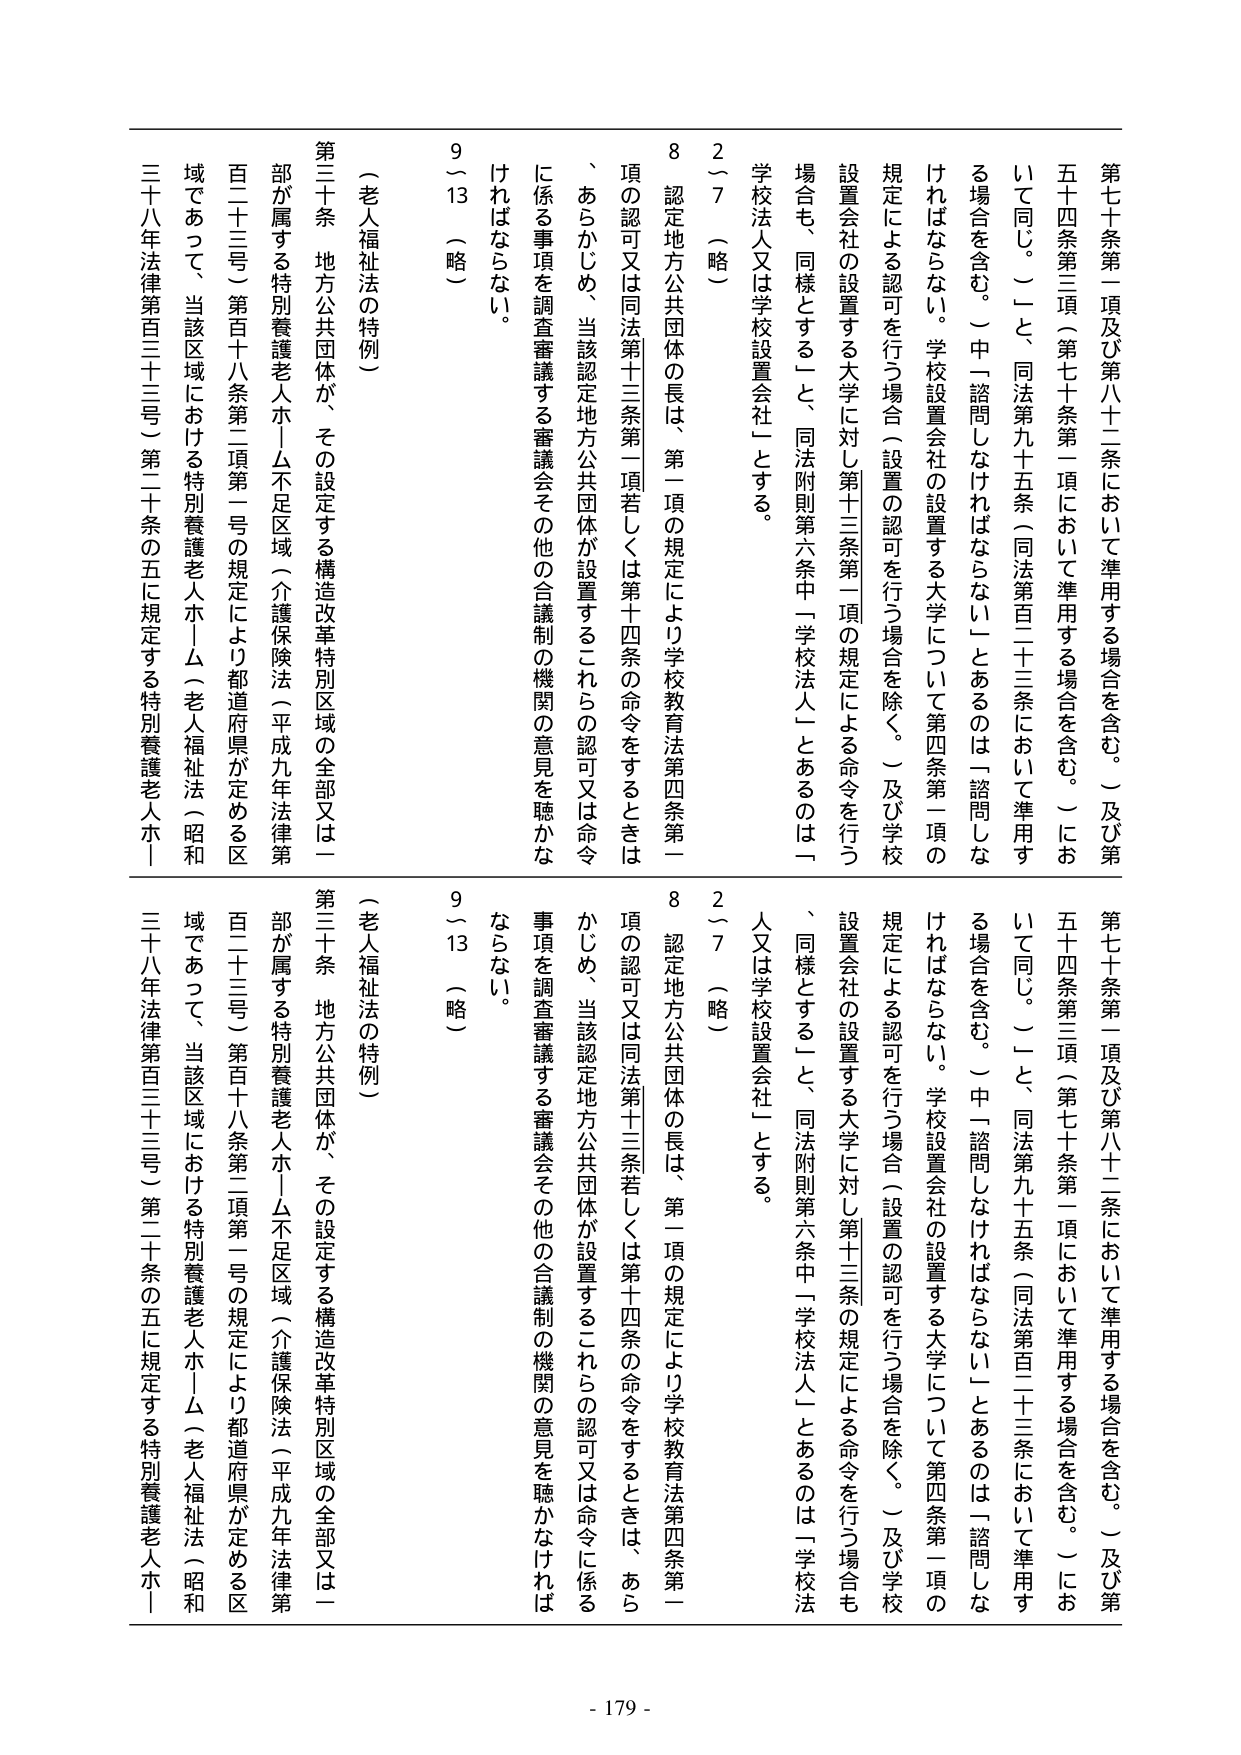
第七十条第一項及び第八十二条において準用する場合を含む。）及び第五十四条第三項（第七十条第一項において準用する場合を含む。）において同じ。）と、同法第九十五条（同法第百二十三条において準用する場合を含む。）中「諮問しなければならない」とあるのは「諮問しなければならない。学校設置会社の設置する大学について第四条第一項の規定による認可を行つ場合（設置の認可を行つ場合を除く。）及び学校設置会社の設置する大学に対し第十三条第一項の規定による命令を行つ場合も、同様とする」と、同法附則第六条中「学校法人」とあるのは「学校法人又は学校設置会社」とする。

2～7（略）

8 認定地方公共団体の長は、第一項の規定により学校教育法第四条第一項の認可又は同法第十三条第一項若しくは第十四条の命令をするときは、あらかじめ、当該認定地方公共団体が設置するこれらの認可又は命令に係る事項を調査審議する審議会その他の合議制の機関の意見を聴かなければならない。

9～13（略）

（老人福祉法の特例）

第三十条 地方公共団体が、その設定する構造改革特別区域の全部又は一部が属する特別養護老人ホーム不足区域（介護保険法（平成九年法律第百二十三号）第百十八条第二項第一号の規定により都道府県が定める区域であって、当該区域における特別養護老人ホーム（老人福祉法（昭和三十八年法律第百三十三号）第二十条の五に規定する特別養護老人ホーム

第七十条第一項及び第八十二条において準用する場合を含む。）及び第五十四条第三項（第七十条第一項において準用する場合を含む。）において同じ。）と、同法第九十五条（同法第百二十三条において準用する場合を含む。）中「諮問しなければならない」とあるのは「諮問しなければならない。学校設置会社の設置する大学について第四条第一項の規定による認可を行つ場合（設置の認可を行つ場合を除く。）及び学校設置会社の設置する大学に対し第十三条第一項の規定による命令を行つ場合も、同様とする」と、同法附則第六条中「学校法人」とあるのは「学校法人又は学校設置会社」とする。

2～7（略）

8 認定地方公共団体の長は、第一項の規定により学校教育法第四条第一項の認可又は同法第十三条若しくは第十四条の命令をするときは、あらかじめ、当該認定地方公共団体が設置するこれらの認可又は命令に係る事項を調査審議する審議会その他の合議制の機関の意見を聴かなければならない。

9～13（略）

（老人福祉法の特例）

第三十条 地方公共団体が、その設定する構造改革特別区域の全部又は一部が属する特別養護老人ホーム不足区域（介護保険法（平成九年法律第百二十三号）第百十八条第二項第一号の規定により都道府県が定める区域であって、当該区域における特別養護老人ホーム（老人福祉法（昭和三十八年法律第百三十三号）第二十条の五に規定する特別養護老人ホーム

- 179 -